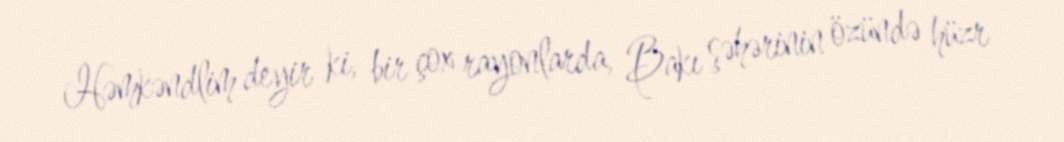
Həmkəndlim deyir ki, bir çox rayonlarda, Bakı şəhərinin özündə hüzr